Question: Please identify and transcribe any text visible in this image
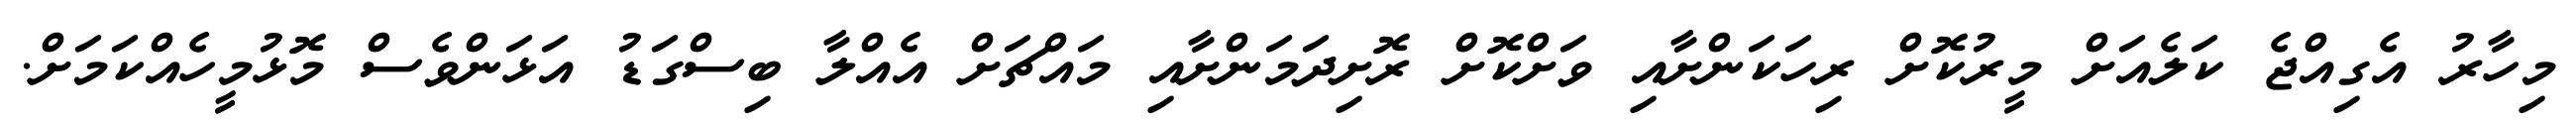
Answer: މިހާރު އެގިއްޖެ ކަލެއަށް މީރުކޮށް ރިހަކަންށާއި ވަށްކޮށް ރޮށިދަމަންށާއި މައްޗަށް އެއްލާ ބިސްގަޑު އަޅަންވެސް މޮޅުމީހެއްކަމަށް.